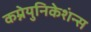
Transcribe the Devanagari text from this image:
कम्नेयुनिकेशंन्स